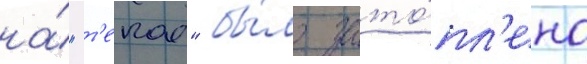
на́ "т'екае" бы́ло зато́пл'ено